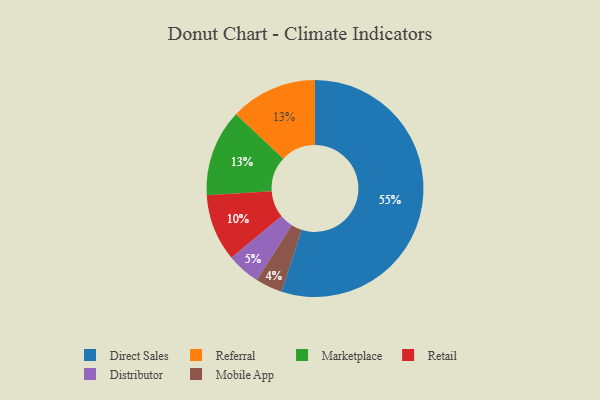
{"axis": {"x": "Category", "y": "Percentage"}, "legend": ["Direct Sales", "Distributor", "Marketplace", "Mobile App", "Referral", "Retail"], "data": [{"x": "Mobile App", "y": 4, "type": "Mobile App"}, {"x": "Direct Sales", "y": 55, "type": "Direct Sales"}, {"x": "Referral", "y": 13, "type": "Referral"}, {"x": "Marketplace", "y": 13, "type": "Marketplace"}, {"x": "Retail", "y": 10, "type": "Retail"}, {"x": "Distributor", "y": 5, "type": "Distributor"}]}